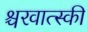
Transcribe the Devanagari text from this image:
श्चरवात्स्की